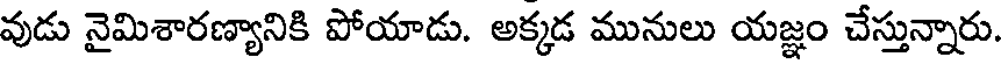
వుడు నైమిశారణ్యానికి పోయాడు. అక్కడ మునులు యజ్ఞం చేస్తున్నారు.